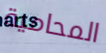
المحامية